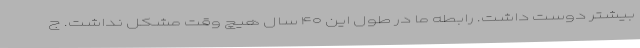
بیشتر دوست داشت. رابطه ما در طول این ۴۰ سال هیچ وقت مشکل نداشت. ج